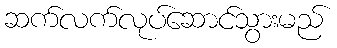
ဆက်လက်လုပ်ဆောင်သွားမည်